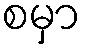
စမှာ